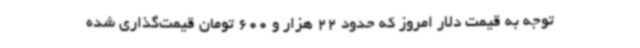
توجه به قیمت دلار امروز که حدود 22 هزار و 600 تومان قیمت‌گذاری شده